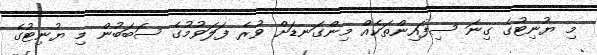
މި ޔުނިޓުގެ ގިނަ ސިފައިންތަކެއް މިންގަނޑަށް ވުރެ ފަލަވުމުގެ ސަބަބުން މި ޔުނިޓުގެ